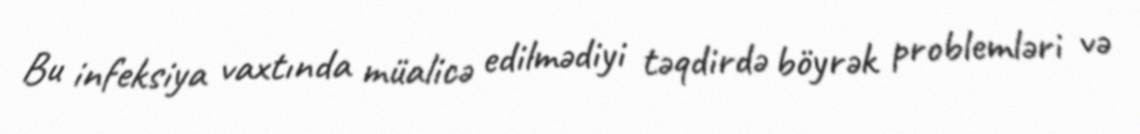
Bu infeksiya vaxtında müalicə edilmədiyi təqdirdə böyrək problemləri və